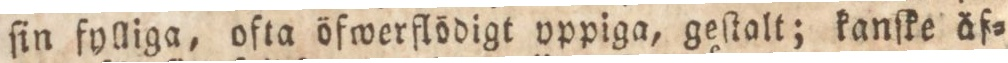
ſin fylliga, ofta öfwerflödigt oppiga, geſtalt; kanſke äf=